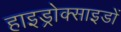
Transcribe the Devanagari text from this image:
हाइड्रोक्साइडों